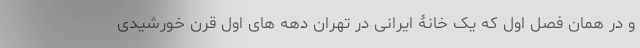
و در همان فصل اول که یک خانۀ ایرانی در تهرانِ دهه های اول قرن خورشیدی